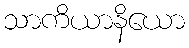
သာကိယာနိယော